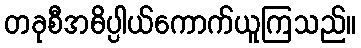
တခုစီအဓိပ္ပါယ်ကောက်ယူကြသည်။